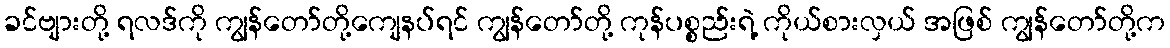
ခင်ဗျားတို့ ရလဒ်ကို ကျွန်တော်တို့ကျေနပ်ရင် ကျွန်တော်တို့ ကုန်ပစ္စည်းရဲ့ ကိုယ်စားလှယ် အဖြစ် ကျွန်တော်တို့က